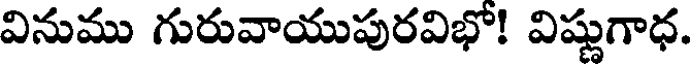
వినుము గురువాయుపురవిభో! విష్ణుగాధ.